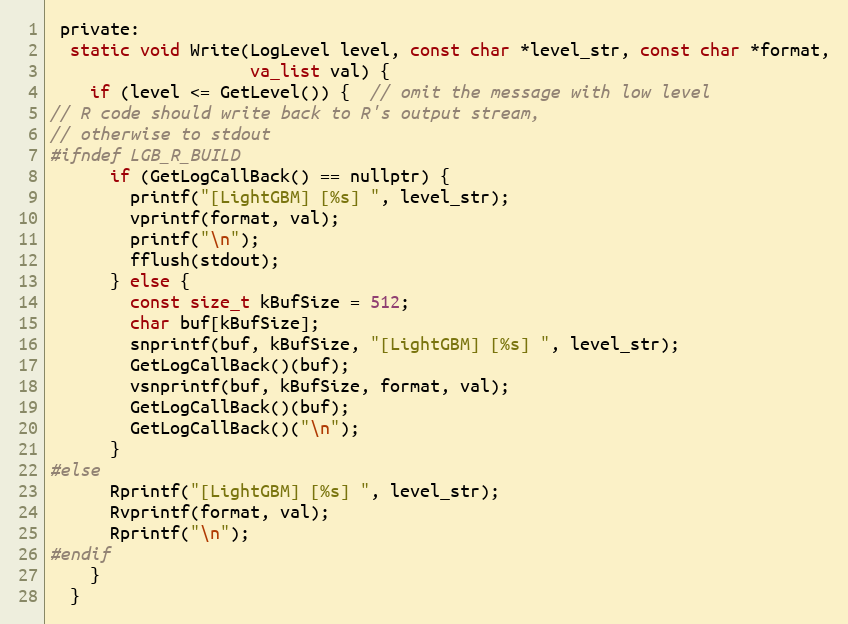
Language: C
 private:
  static void Write(LogLevel level, const char *level_str, const char *format,
                    va_list val) {
    if (level <= GetLevel()) {  // omit the message with low level
// R code should write back to R's output stream,
// otherwise to stdout
#ifndef LGB_R_BUILD
      if (GetLogCallBack() == nullptr) {
        printf("[LightGBM] [%s] ", level_str);
        vprintf(format, val);
        printf("\n");
        fflush(stdout);
      } else {
        const size_t kBufSize = 512;
        char buf[kBufSize];
        snprintf(buf, kBufSize, "[LightGBM] [%s] ", level_str);
        GetLogCallBack()(buf);
        vsnprintf(buf, kBufSize, format, val);
        GetLogCallBack()(buf);
        GetLogCallBack()("\n");
      }
#else
      Rprintf("[LightGBM] [%s] ", level_str);
      Rvprintf(format, val);
      Rprintf("\n");
#endif
    }
  }